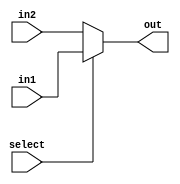
module mux_5bit(in1,in2,select,out);
  input [4:0]in1,in2;
  input select;
  output [4:0]out;
  assign out = select? in1: in2;
endmodule